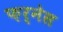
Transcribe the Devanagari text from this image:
फ़र्नेस